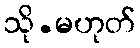
သို.မဟုတ်